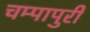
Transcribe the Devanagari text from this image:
चम्‍पापुरी